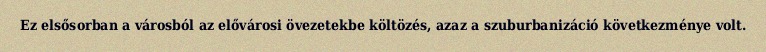
Ez elsősorban a városból az elővárosi övezetekbe költözés, azaz a szuburbanizáció következménye volt.